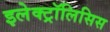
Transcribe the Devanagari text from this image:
इलेक्ट्रॉलिसिस